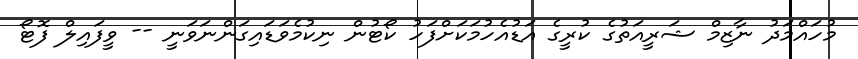
މުހައްމަދު ނާޒިމް ޝަރީއަތުގެ ކުރީގެ އަޑުއެހުމަކަށްފަހު ކޯޓުން ނިކުމެވަޑައިގަންނަވަނީ -- ވީފައިލް ފޮޓޯ